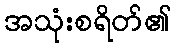
အသုံးစရိတ်၏